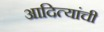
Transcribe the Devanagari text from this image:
आदित्यांची